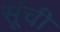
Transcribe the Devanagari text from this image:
सूंची